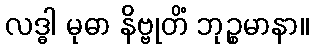
လဒ္ဓါ မုဓာ နိဗ္ဗုတိံ ဘုဉ္စမာနာ။